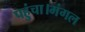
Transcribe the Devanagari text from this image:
पहुंचा।मंगल